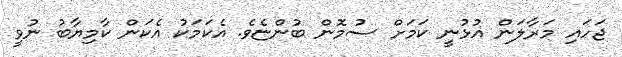
ޖަހައި މަރާލަން އުޅުނީ ކަމަށް ސުމޮން ބުންޏެވެ. އެކަމަކު އެކަން ކާމިޔާބު ނުވީ